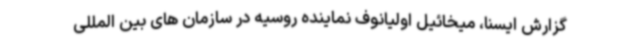
گزارش ایسنا، میخائیل اولیانوف نماینده روسیه در سازمان های بین المللی